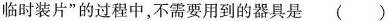
临时装片”的过程中，不需要用到的器具是()